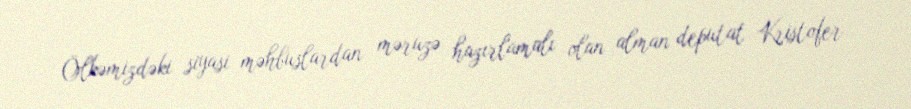
Ölkəmizdəki siyasi məhbuslardan məruzə hazırlamalı olan alman deputat Kristofer